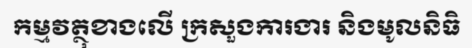
កម្មវត្ថុខាងលើ ក្រសួងការងារ និងមូលនិធិ